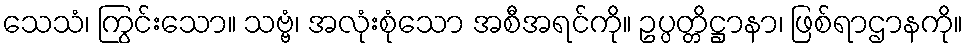
သေသံ၊ ကြွင်းသော။ သဗ္ဗံ၊ အလုံးစုံသော အစီအရင်ကို။ ဥပ္ပတ္တိဋ္ဌာနာ၊ ဖြစ်ရာဌာနကို။